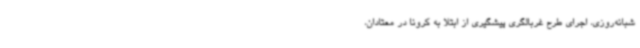
شبانه‌روزی، اجرای طرح غربالگری پیشگیری از ابتلا به کرونا در معتادان،